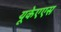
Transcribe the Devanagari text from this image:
यूकेएएस